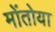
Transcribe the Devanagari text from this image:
मोंतोया